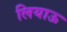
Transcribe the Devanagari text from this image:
लियाऊ